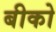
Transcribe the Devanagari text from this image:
बीको